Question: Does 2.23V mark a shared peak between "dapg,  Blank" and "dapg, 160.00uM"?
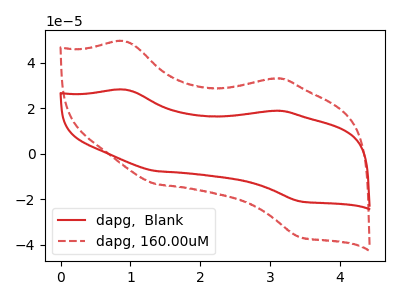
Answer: <think>The red curve "dapg,  Blank" has anodic peaks at (0.95V, 28.10uA) (3.00V, 18.80uA) and cathodic peaks at (1.40V, -7.60uA) (3.45V, -20.90uA). The red dashed curve "dapg, 160.00uM" has anodic peaks at (0.95V, 49.25uA) (3.00V, 33.00uA) and cathodic peaks at (1.40V, -13.35uA) (3.45V, -36.65uA).</think>
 <answer>No, "dapg,  Blank" and "dapg, 160.00uM" dont share a peak at 2.23V.</answer>
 <eval>mismatch</eval>